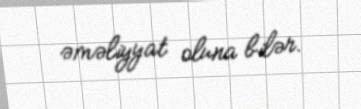
əməliyyat oluna bilər.